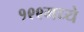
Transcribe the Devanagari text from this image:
१९९मध्ये